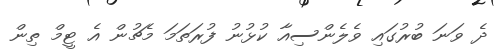
ދެ ވަނަ ބުރުގައި ވެލެންސިއާ ކުޅުނު ފުރަތަމަ މެޗުން އެ ޓީމް ތިން